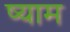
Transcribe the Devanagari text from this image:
ष्याम